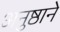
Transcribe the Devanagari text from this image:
अनुष्ठाने